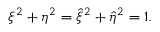
\xi ^ { 2 } + \eta ^ { 2 } = \hat { \xi } ^ { 2 } + \hat { \eta } ^ { 2 } = 1 .